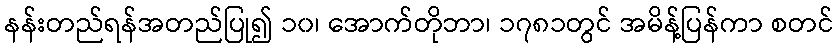
နန်းတည်ရန်အတည်ပြု၍ ၁၀၊ အောက်တိုဘာ၊ ၁၇၈၁တွင် အမိန့်ပြန်ကာ စတင်